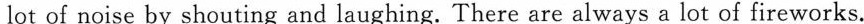
lot of noise by shouting and laughing. There are always a lot of fireworks.